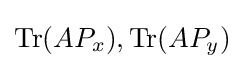
{\textstyle \operatorname {Tr} (AP_{x}),\operatorname {Tr} (AP_{y})}